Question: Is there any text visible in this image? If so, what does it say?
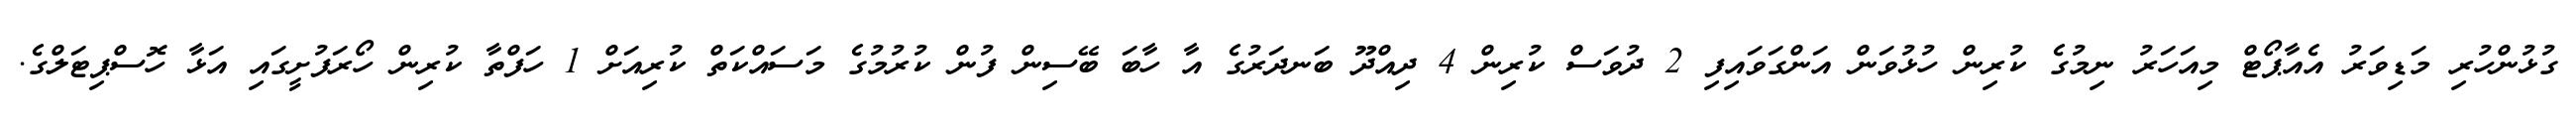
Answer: ގުޅުންހުރި މަޑިވަރު އެއާޕޯޓް މިއަހަރު ނިމުގެ ކުރިން ހުޅުވަން އަންގަވައިފި 2 ދުވަސް ކުރިން 4 ދިއްދޫ ބަނދަރުގެ އާ ހާބަ ބޭސިން ފުން ކުރުމުގެ މަސައްކަތް ކުރިއަށް 1 ހަފްތާ ކުރިން ހޯރަފުށީގައި އަޅާ ހޮސްޕިޓަލްގެ.